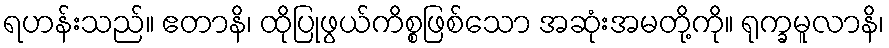
ရဟန်းသည်။ ဧတာနိ၊ ထိုပြုဖွယ်ကိစ္စဖြစ်သော အဆုံးအမတို့ကို။ ရုက္ခမူလာနိ၊